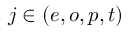
j \in ( e , o , p , t )